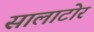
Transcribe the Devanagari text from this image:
सालाटोर